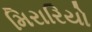
મિરારિયો